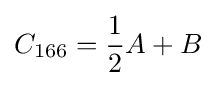
C_{166}={\frac {1}{2}}A+B